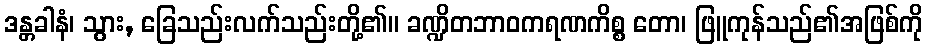
ဒန္တခါနံ၊ သွား, ခြေသည်းလက်သည်းတို့၏။ ခဏ္ဍိတဘာဝကရဏကိစ္စ တော၊ ဖြူကုန်သည်၏အဖြစ်ကို